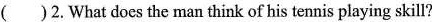
( )2. What does the man think of his tennis playing skill?